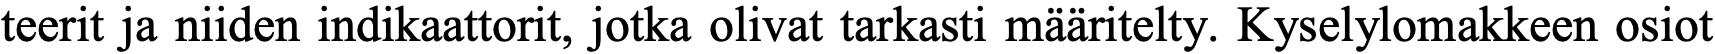
teerit ja niiden indikaattorit, jotka olivat tarkasti määritelty. Kyselylomakkeen osiot